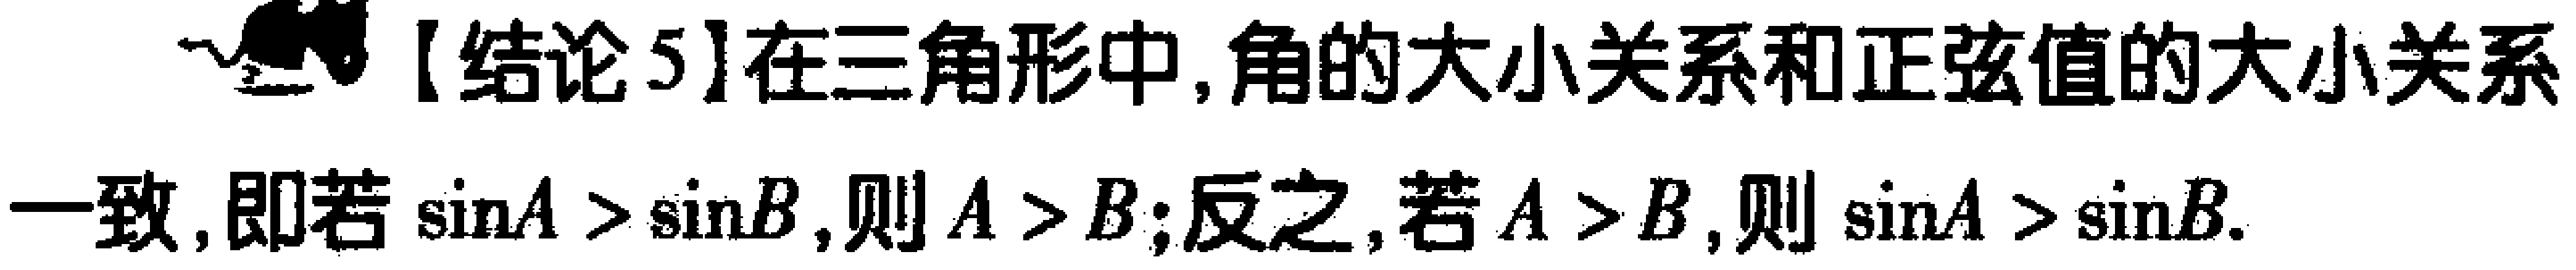
【结论5】在三角形中,角的大小关系和正弦值的大小关系一致,即若$\sin A > \sin B$,则$A > B$;反之,若$A > B$,则$\sin A > \sin B$.